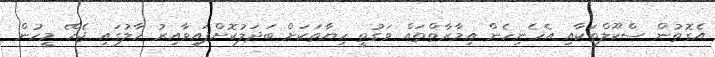
އެގޮތުން ސްކޫލްތަކާއި އެހެނިހެން އިމާރާތްތައް ވަގުތީ ހިޔާތަކަށް ބަދަލުކޮށްފައިވާއިރު ހާލުގައި ޖެހޭ މީހުން